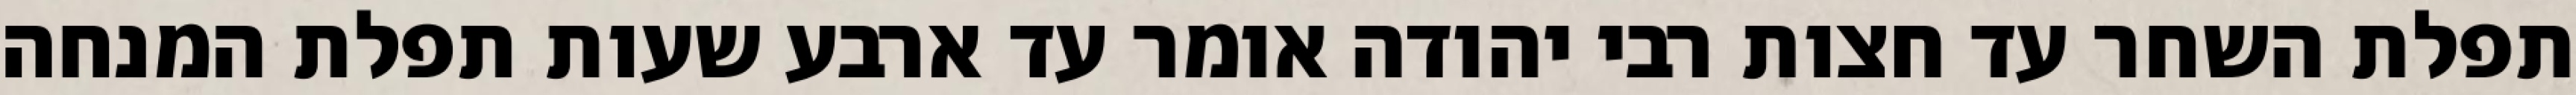
תפלת השחר עד חצות רבי יהודה אומר עד ארבע שעות תפלת המנחה